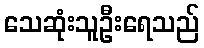
သေဆုံးသူဦးရေသည်